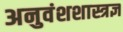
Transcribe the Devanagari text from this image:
अनुवंशशास्त्रज्ञ